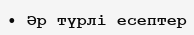
• Әр түрлі есептер